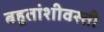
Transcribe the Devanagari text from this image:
बहुतांशीवस्ती